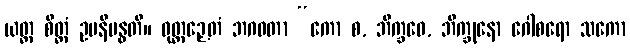
ယတ္ထ စိတ္တံ ဥပနိဗန္ဓတိ။ ဝုတ္တဉှေတံ ဘဂဝတာ “ကော စ, ဘိက္ခဝေ, ဘိက္ခုနော ဂေါစရော သကော